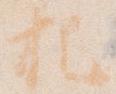
把